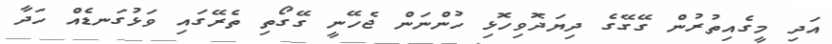
އަދި މީގެއިތުރުން ގޭގޭގެ ދިޔަދޮވިހޮޅި ހުންނަން ޖެހޭނީ ގޭގޯތި ތެރޭގައި ވަޅުގަނޑެއް ހަދާ